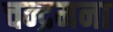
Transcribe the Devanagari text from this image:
चन्द्रमना